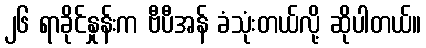
၂၆ ရာခိုင်နှုန်းက ဗီပီအန် ခံသုံးတယ်လို့ ဆိုပါတယ်။